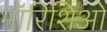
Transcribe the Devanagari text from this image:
मॉरिशिओ